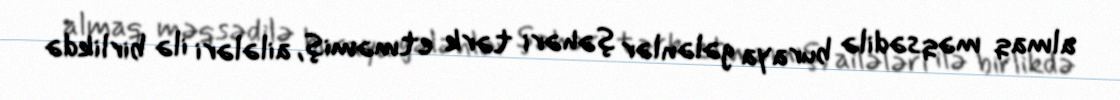
almaq məqsədilə buraya gələnlər şəhəri tərk etməmiş, ailələri ilə birlikdə